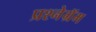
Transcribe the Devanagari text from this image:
प्रश्नेग्रॅम